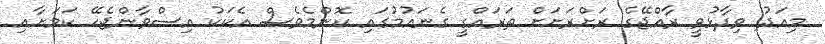
މިއަދު ވިދާޅުވީ ރާއްޖޭގެ ރަށްރަށަށް ތަރައްގީ ގެނައުމުގައި ކޮންމެވެސް އެކަކު އިސްވާންޖެހޭ ކަމަށާއި